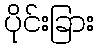
ပိုင်းခြား